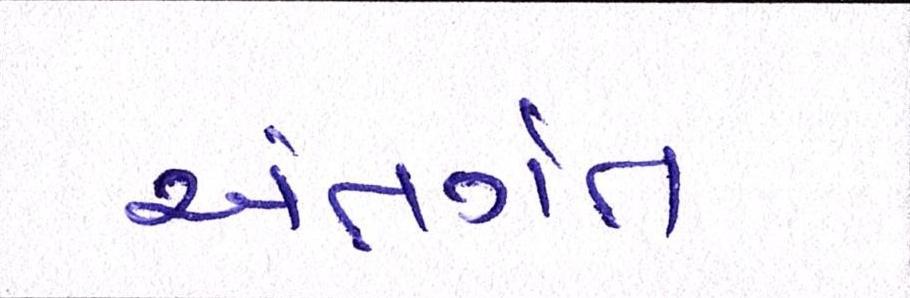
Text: અંતગૅત